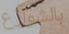
بالشوارع